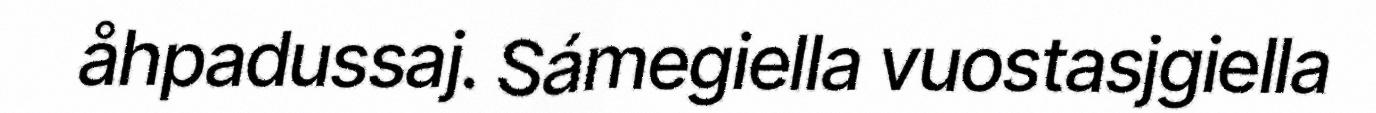
åhpadussaj. Sámegiella vuostasjgiella